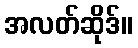
အလတ်ဆိုဒ်။